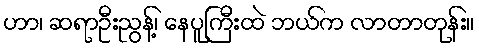
ဟာ၊ ဆရာဦးညွန့်၊ နေပူကြီးထဲ ဘယ်က လာတာတုန်း။